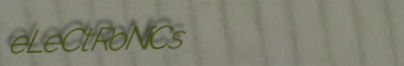
eLeCtRoNiCs